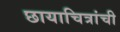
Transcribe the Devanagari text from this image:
छायाचित्रांची